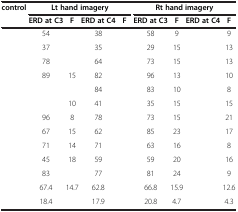
<table><thead><tr><td><b>control</b></td><td colspan="4"><b>Lt hand imagery</b></td><td colspan="4"><b>Rt hand imagery</b></td></tr><tr><td>[EMPTY_CELL]</td><td><b>ERD at C3</b></td><td><b>F</b></td><td><b>ERD at C4</b></td><td><b>F</b></td><td><b>ERD at C3</b></td><td><b>F</b></td><td><b>ERD at C4</b></td><td><b>F</b></td></tr></thead><tbody><tr><td>[EMPTY_CELL]</td><td>54</td><td>[EMPTY_CELL]</td><td>38</td><td>[EMPTY_CELL]</td><td>58</td><td>9</td><td>[EMPTY_CELL]</td><td>9</td></tr><tr><td>[EMPTY_CELL]</td><td>37</td><td>[EMPTY_CELL]</td><td>35</td><td>[EMPTY_CELL]</td><td>29</td><td>15</td><td>[EMPTY_CELL]</td><td>13</td></tr><tr><td>[EMPTY_CELL]</td><td>78</td><td>[EMPTY_CELL]</td><td>64</td><td>[EMPTY_CELL]</td><td>73</td><td>15</td><td>[EMPTY_CELL]</td><td>13</td></tr><tr><td>[EMPTY_CELL]</td><td>89</td><td>15</td><td>82</td><td>[EMPTY_CELL]</td><td>96</td><td>13</td><td>[EMPTY_CELL]</td><td>10</td></tr><tr><td>[EMPTY_CELL]</td><td>[EMPTY_CELL]</td><td>[EMPTY_CELL]</td><td>84</td><td>[EMPTY_CELL]</td><td>83</td><td>10</td><td>[EMPTY_CELL]</td><td>8</td></tr><tr><td>[EMPTY_CELL]</td><td>[EMPTY_CELL]</td><td>10</td><td>41</td><td>[EMPTY_CELL]</td><td>35</td><td>15</td><td>[EMPTY_CELL]</td><td>15</td></tr><tr><td>[EMPTY_CELL]</td><td>96</td><td>8</td><td>78</td><td>[EMPTY_CELL]</td><td>73</td><td>15</td><td>[EMPTY_CELL]</td><td>21</td></tr><tr><td>[EMPTY_CELL]</td><td>67</td><td>15</td><td>62</td><td>[EMPTY_CELL]</td><td>85</td><td>23</td><td>[EMPTY_CELL]</td><td>17</td></tr><tr><td>[EMPTY_CELL]</td><td>71</td><td>14</td><td>71</td><td>[EMPTY_CELL]</td><td>63</td><td>16</td><td>[EMPTY_CELL]</td><td>8</td></tr><tr><td>[EMPTY_CELL]</td><td>45</td><td>18</td><td>59</td><td>[EMPTY_CELL]</td><td>59</td><td>20</td><td>[EMPTY_CELL]</td><td>16</td></tr><tr><td>[EMPTY_CELL]</td><td>83</td><td>[EMPTY_CELL]</td><td>77</td><td>[EMPTY_CELL]</td><td>81</td><td>24</td><td>[EMPTY_CELL]</td><td>9</td></tr><tr><td>[EMPTY_CELL]</td><td>67.4</td><td>14.7</td><td>62.8</td><td>[EMPTY_CELL]</td><td>66.8</td><td>15.9</td><td>[EMPTY_CELL]</td><td>12.6</td></tr><tr><td>[EMPTY_CELL]</td><td>18.4</td><td>[EMPTY_CELL]</td><td>17.9</td><td>[EMPTY_CELL]</td><td>20.8</td><td>4.7</td><td>[EMPTY_CELL]</td><td>4.3</td></tr></tbody></table>